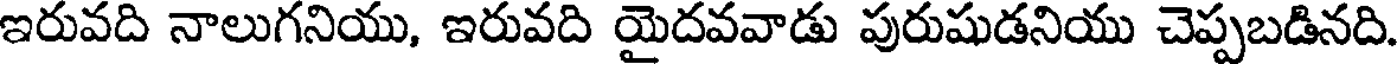
ఇరువది నాలుగనియు, ఇరువది యైదవవాడు పురుషుడనియు చెప్పబడినది.